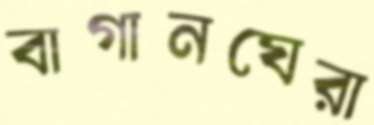
বাগানঘেরা